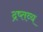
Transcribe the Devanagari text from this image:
द्रष्तव्य